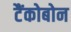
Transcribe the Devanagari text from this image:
टैंकोबोन